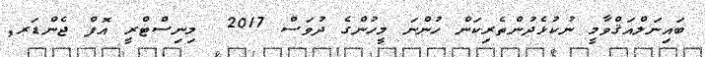
ބައިނަލްއަޤްވާމީ ނުކުޅެދުންތެރިކަން ހުންނަ މީހުންގެ ދުވަސް 2017  މިނިސްޓްރީ އޮފް ޖެންޑަރ